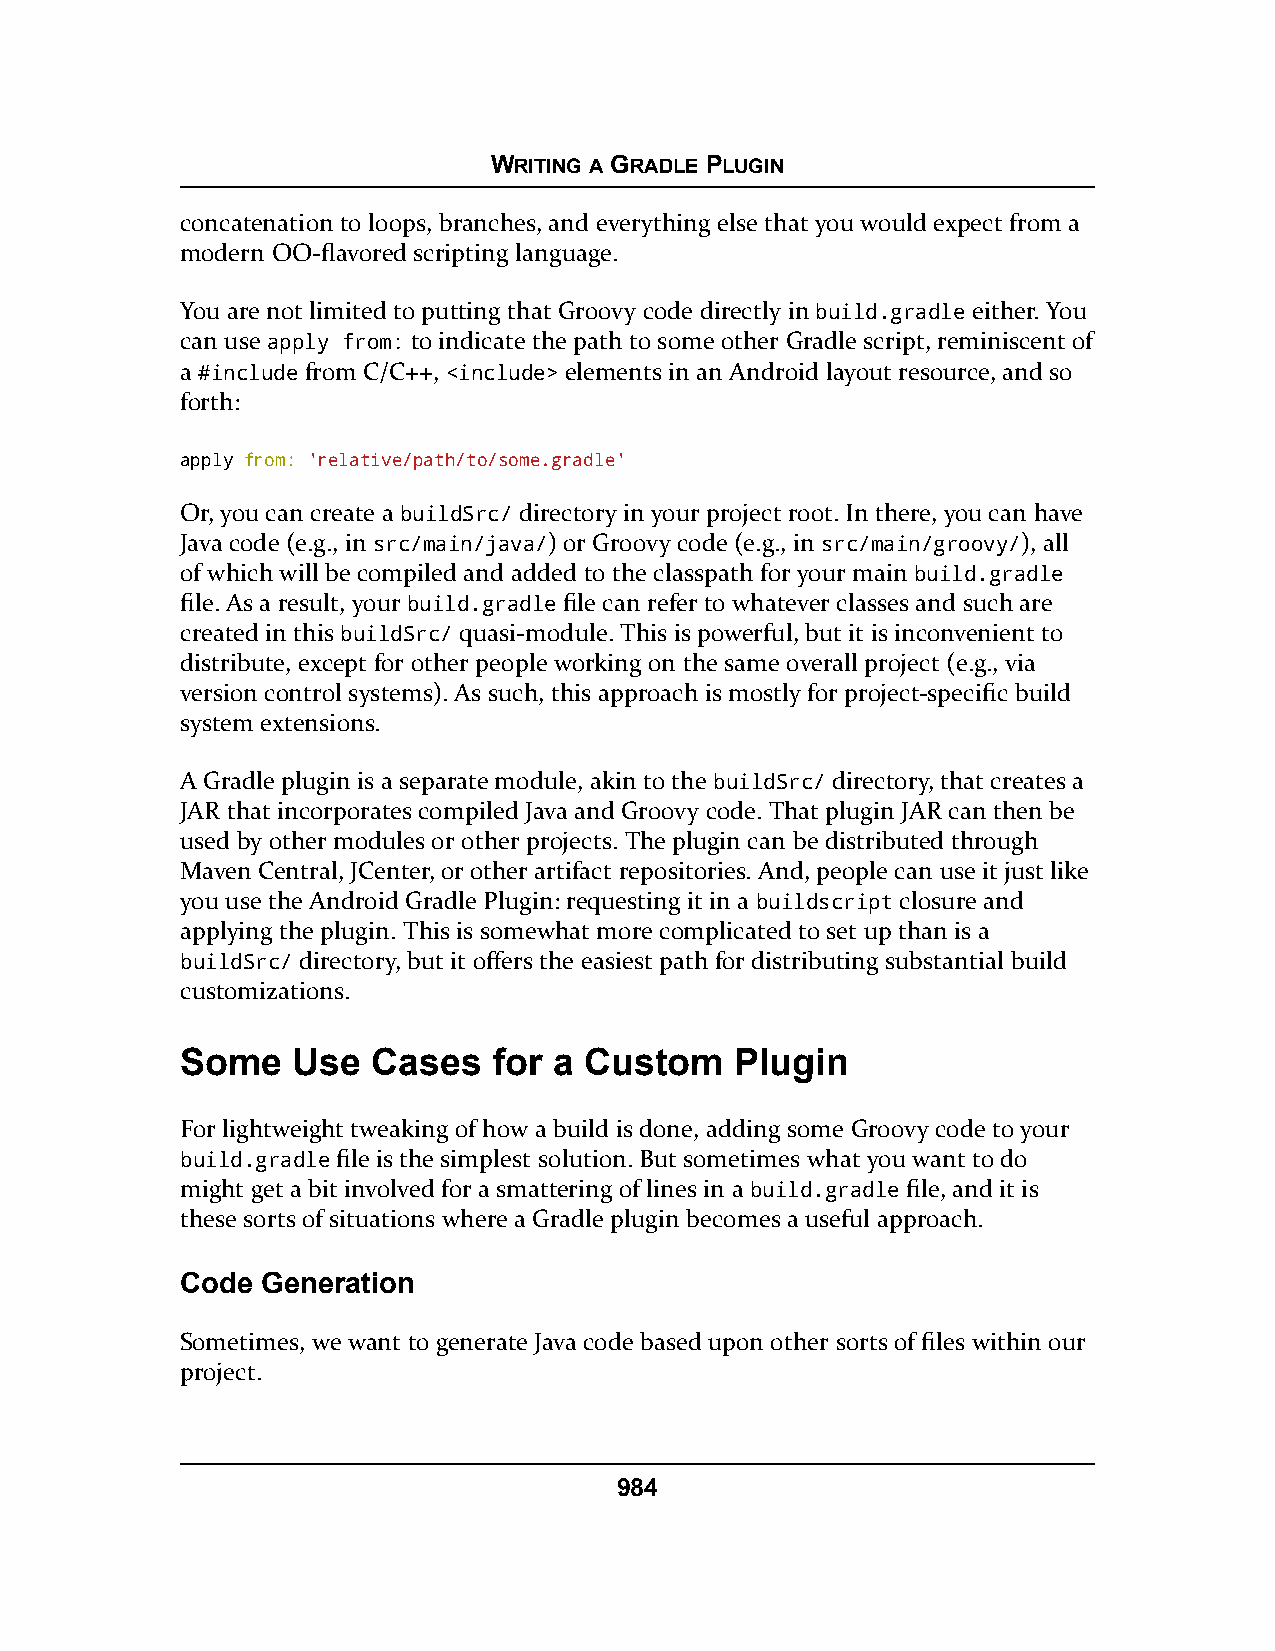
WRITING A GRADLE PLUGIN
 concatenation to loops, branches, and everything else that you would expect from a
 modern OO-flavored scripting language.
 You are not limited to putting that Groovy code directly in build.gradle either. You
 can use apply from: to indicate the path to some other Gradle script, reminiscent of
 a #include from C/C++, <include> elements in an Android layout resource, and so
 forth:
 apply from: 'relative/path/to/some.gradle'
 Or, you can create a buildSrc/ directory in your project root. In there, you can have
 Java code (e.g., in src/main/java/) or Groovy code (e.g., in src/main/groovy/), all
 of which will be compiled and added to the classpath for your main build.gradle
 file. As a result, your build.gradle file can refer to whatever classes and such are
 created in this buildSrc/ quasi-module. This is powerful, but it is inconvenient to
 distribute, except for other people working on the same overall project (e.g., via
 version control systems). As such, this approach is mostly for project-specific build
 system extensions.
 A Gradle plugin is a separate module, akin to the buildSrc/ directory, that creates a
 JAR that incorporates compiled Java and Groovy code. That plugin JAR can then be
 used by other modules or other projects. The plugin can be distributed through
 Maven Central, JCenter, or other artifact repositories. And, people can use it just like
 you use the Android Gradle Plugin: requesting it in a buildscript closure and
 applying the plugin. This is somewhat more complicated to set up than is a
 buildSrc/ directory, but it offers the easiest path for distributing substantial build
 customizations.
 Some   Use   Cases   for a Custom    Plugin
 For lightweight tweaking of how a build is done, adding some Groovy code to your
 build.gradle file is the simplest solution. But sometimes what you want to do
 might get a bit involved for a smattering of lines in a build.gradle file, and it is
 these sorts of situations where a Gradle plugin becomes a useful approach.
 Code Generation
 Sometimes, we want to generate Java code based upon other sorts of files within our
 project.
 984